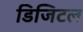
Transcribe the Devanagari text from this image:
डिजिटल